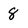
Character: 8